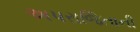
અપરાજિતાની